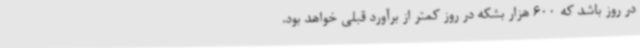
در روز باشد که 600 هزار بشکه در روز کمتر از برآورد قبلی خواهد بود.